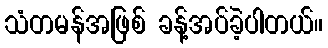
သံတမန်အဖြစ် ခန့်အပ်ခဲ့ပါတယ်။